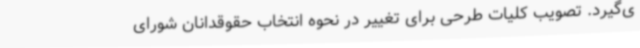
ی‌گیرد. تصویب کلیات طرحی برای تغییر در نحوه انتخاب حقوقدانان شورای